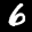
Label: 6